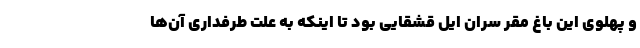
و پهلوی این باغ مقر سران ایل قشقایی بود تا اینکه به علت طرفداری آن‌ها